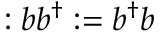
: b b ^ { \dagger } : = b ^ { \dagger } b